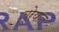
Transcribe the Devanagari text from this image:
ब्रेयाल